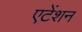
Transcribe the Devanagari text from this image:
एटेंशन